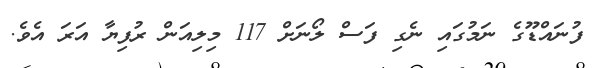
ފުނައްޑޫގެ ނަމުގައި ނެގި ފަސް ލޯނަށް 117 މިލިއަން ރުފިޔާ އަރަ އެވެ.